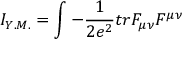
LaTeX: I _ { Y . M . } = \int - \frac { 1 } { 2 e ^ { 2 } } t r F _ { \mu \nu } F ^ { \mu \nu }